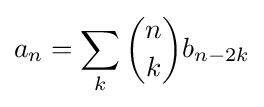
a_{n}=\sum _{k}{\binom {n}{k}}b_{n-2k}